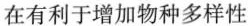
在有利于增加物种多样性